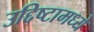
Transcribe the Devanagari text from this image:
उद्दिष्टामध्ये